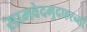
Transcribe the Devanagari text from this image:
सामवेदमुदाहरन्तीं